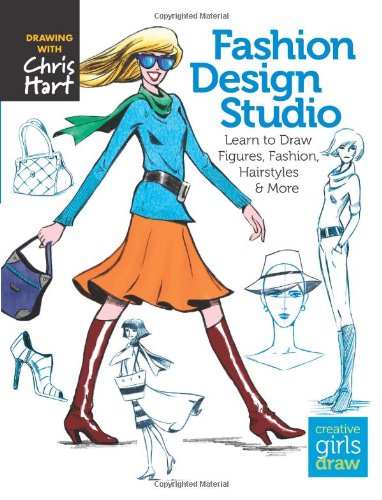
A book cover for Fashion Design Studio: Learn to Draw Figures, Fashion, Hairstyles & More (Creative Girls Draw); Christopher Hart; Arts & Photography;